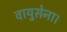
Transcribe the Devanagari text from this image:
वायुसेना।